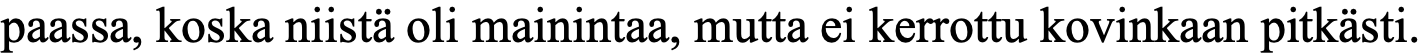
paassa, koska niistä oli mainintaa, mutta ei kerrottu kovinkaan pitkästi.